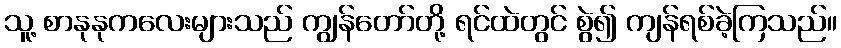
သူ့ စာနုနုကလေးများသည် ကျွန်တော်တို့ ရင်ထဲတွင် စွဲ၍ ကျန်ရစ်ခဲ့ကြသည်။